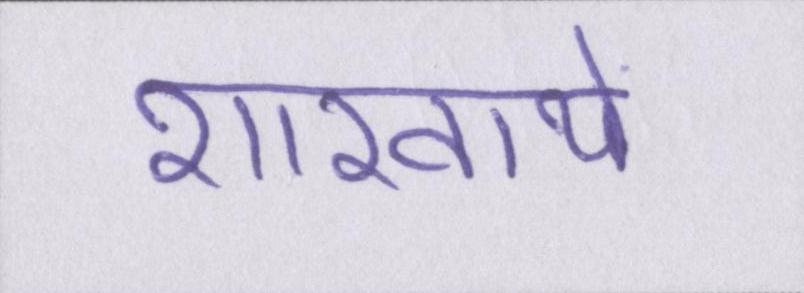
शाखायें